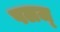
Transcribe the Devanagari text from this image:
पलज्